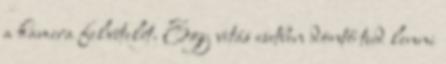
a kamera felvételét. Egy vitás esetben döntő tud lenni